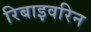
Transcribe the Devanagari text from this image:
रिबाइवरिन